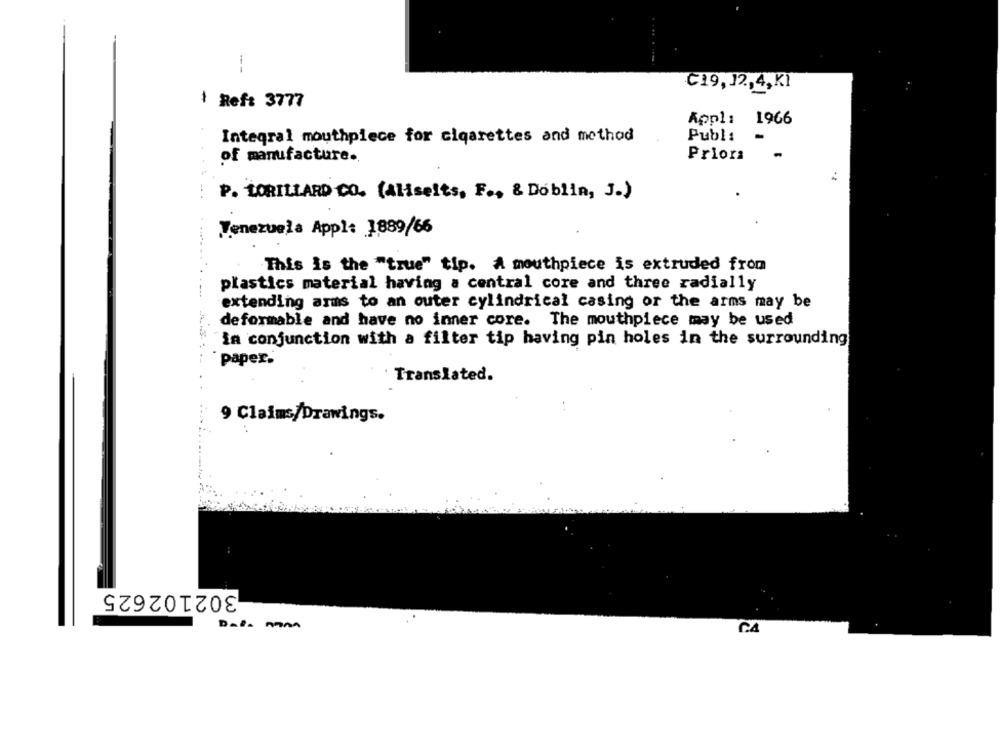
--
C19, J2,4,KI
1 Ref: 3777
Appl:
1966
Integral mouthpiece for cigarettes and method
Publ:
-
Prior
of manufacture.
P. LORILLARD CO. (Aliseits, F ., & Doblin, J.)
Venezuela Appl: 1889/66
This is the "true" tip. A mouthpiece is extruded from
plastics material having a central core and three radially
extending arms to an outer cylindrical casing or the arms may be
deformable and have no inner core. The mouthpiece may be used
"in conjunction with a filter tip having pin holes in the surrounding
paper.
Translated.
9 Claims/Drawings.
302102625
Dai- nam
CA